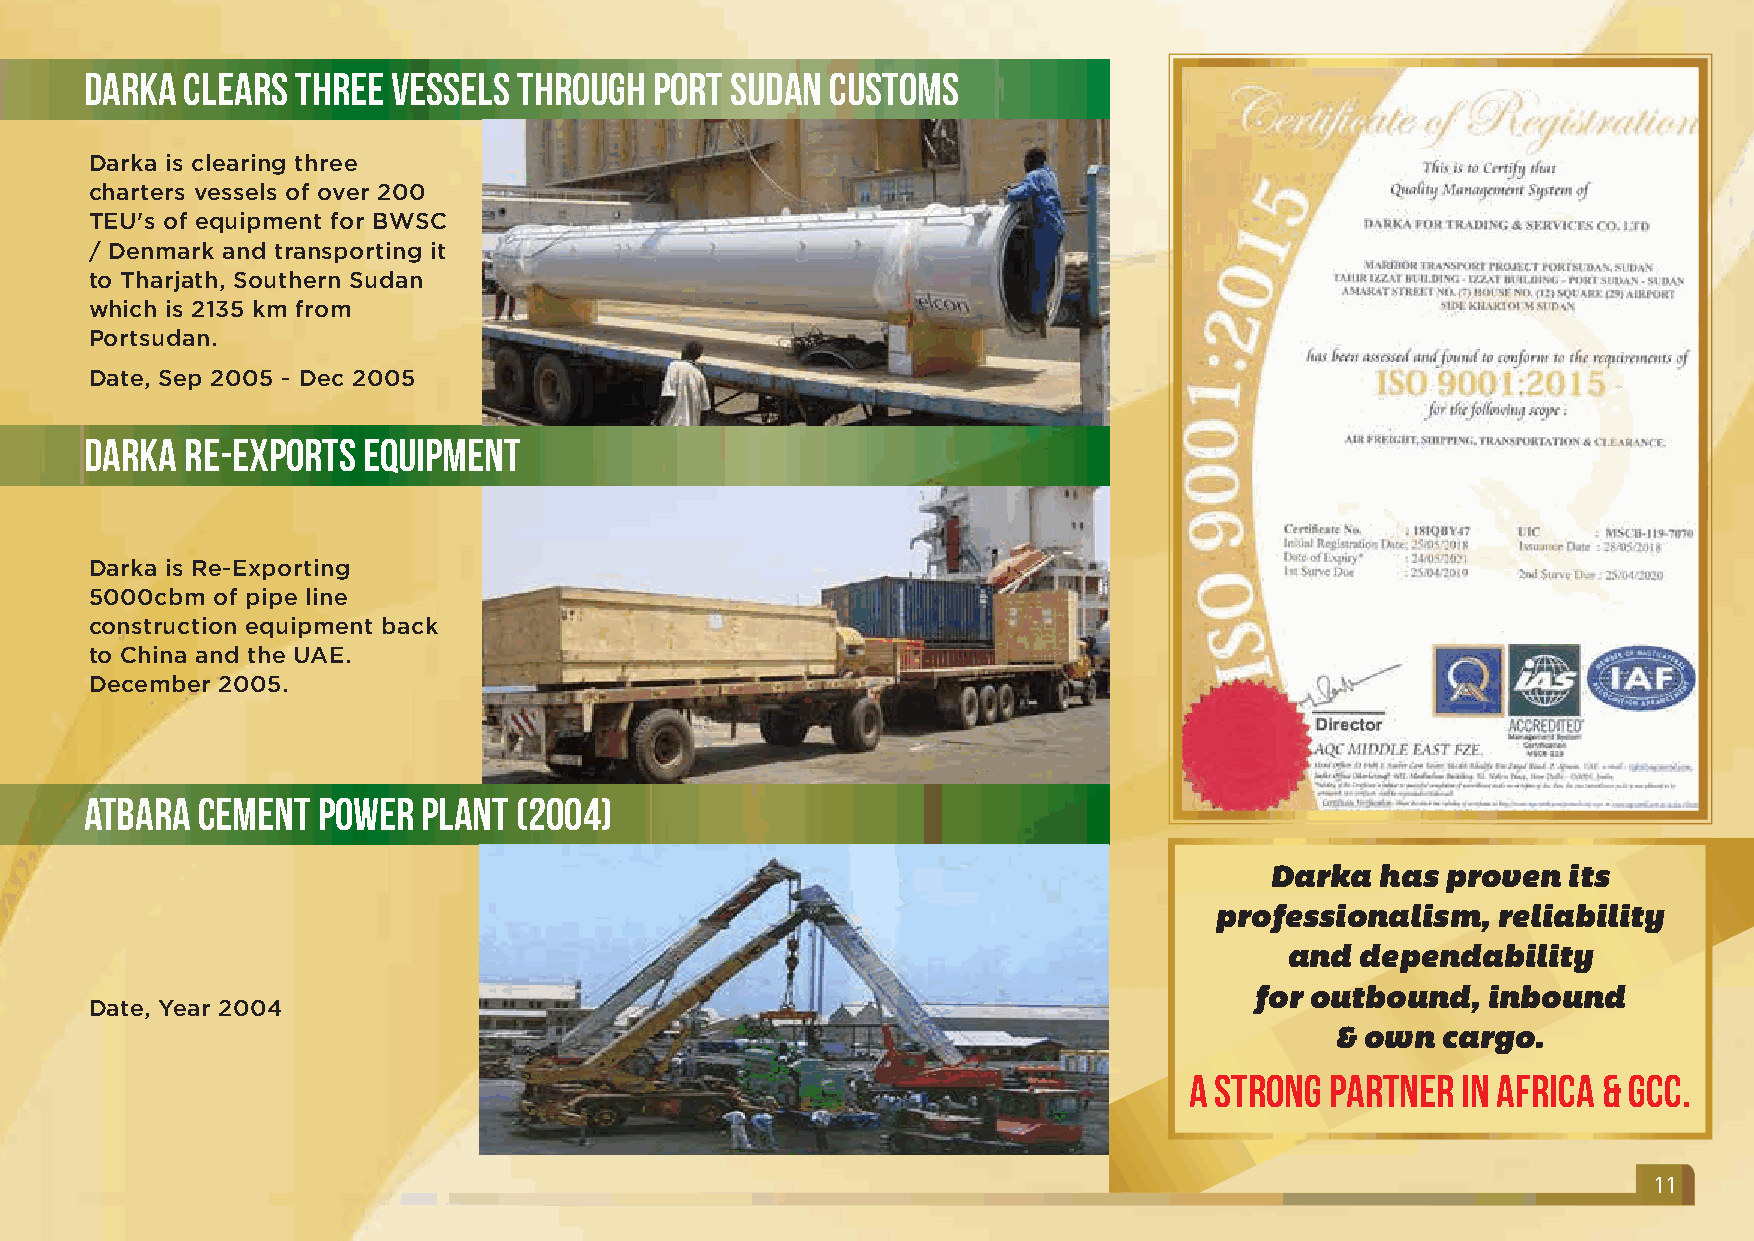
Darka Clears  Three Vessels Through  Port Sudan  Customs
 Darka is clearing three
 charters vessels of over 200
 TEU's of equipment for BWSC
 / Denmark and transporting it
 to Tharjath, Southern Sudan
 which is 2135 km from
 Portsudan.
 Date, Sep 2005 - Dec 2005
 Darka Re-Exports  Equipment
 Darka is Re-Exporting
 5000cbm of pipe line
 construction equipment back
 to China and the UAE.
 December 2005.
 Atbara Cement  Power  Plant (2004)
 Darka  has  proven  its
 professionalism,   reliability
 and  dependability
 for outbound,  inbound
 Date, Year 2004
 & own  cargo.
 A strong partner  in AFRICA & GCC.
 11